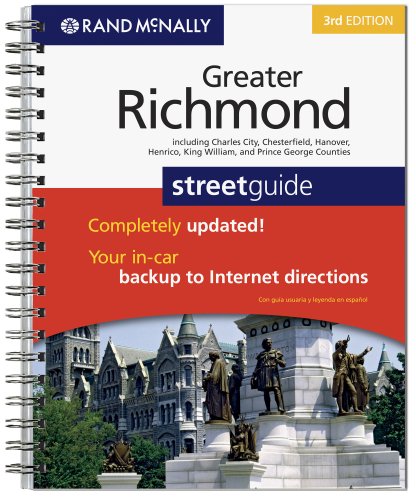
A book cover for Rand McNally Greater Richmond Street Guide; Rand McNally; Travel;